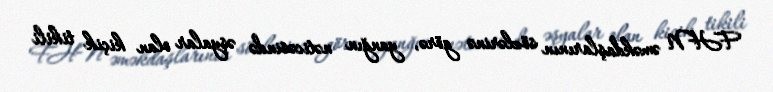
FHN əməkdaşlarının sözlərinə görə, yanğın nəticəsində əşyalar olan kiçik tikili